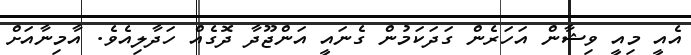
އެއީ މިއީ ވިޝާން އަހަރެން ގަދަކަމުން ގެނައީ އަންޖޫދާ ދޮގެއް ހަދާލިއެވެ. އާމިނާއަށް